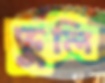
ভুলি